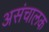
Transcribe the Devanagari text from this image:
असंचालक